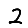
Digit: 2